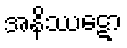
အနိဿဋော